[Report on the health of British troops in the Madras command]
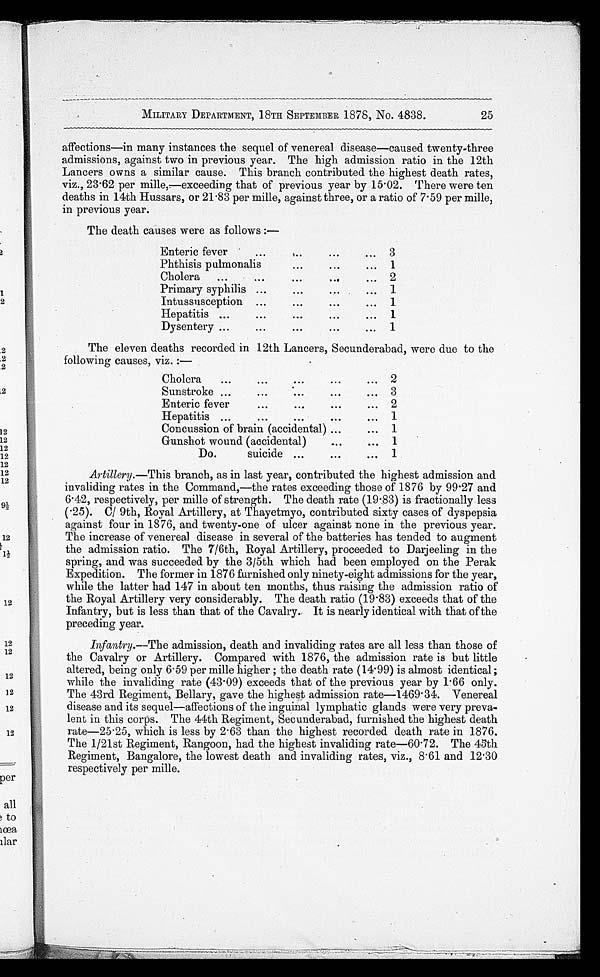
MILITARY DEPARTMENT, 18TH SEPTEMBER 1878, No. 4838.
affections—in many instances the sequel of venereal disease—caused twenty-three
admissions, against two in previous year. The high admission ratio in the 12th
Lancers owns a similar cause. This branch contributed the highest death rates,
viz., 23.62 per mille,—exceeding that of previous year by 15.02. There were ten
deaths in 14th Hussars, or 21.83 per mille, against three, or a ratio of 7.59 per mille,
in previous year.
The death causes were as follows :—
Enteric fever . . .
3
Phthisis pulmonalis . . .
1
Cholera . . .
2
Primary syphilis . . .
1
Intussusception . . .
1
Hepatitis . . .
1
Dysentery . . .
1
The eleven deaths recorded in 12th Lancers, Secunderabad, were due to the
following causes, viz. :—
Cholera . . .
2
Sunstroke . . .
3
Enteric fever . . .
2
Hepatitis . . .
1
Concussion of brain (accidental) . . .
1
Gunshot wound (accidental) . . .
1
Do. suicide . . .
1
Ar t i l l e r y . —T h i s b r a n c h , a s i n l a s t y e a r , c o n t r i b u t e d t h e h i g h e s t a d m i s s i o n a n d
invaliding rates in the Command,—the rates exceeding those of 1876 by 99.27 and
6.42, respectively, per mille of strength. The death rate (19.83) is fractionally less
(.25). C/ 9th, Royal Artillery, at Thayetmyo, contributed sixty cases of dyspepsia
against four in 1876, and twenty-one of ulcer against none in the previous year.
The increase of venereal disease in several of the batteries has tended to augment
the admission ratio. The 7/6th, Royal Artillery, proceeded to Darjeeling in the
spring, and was succeeded by the 3/5th which had been employed on the Perak
Expedition. The former in 1876 furnished only ninety-eight admissions for the year,
while the latter had 147 in about ten months, thus raising the admission ratio of
the Royal Artillery very considerably. The death ratio (19.83) exceeds that of the
Infantry, but is less than that of the Cavalry. It is nearly identical with that of the
preceding year.
Infantry.—The admission, death and invaliding rates are all less than those of
the Cavalry or Artillery. Compared with 1876, the admission rate is but little
altered, being only 6.59 per mille higher ; the death rate (14.99) is almost identical;
while the invaliding rate (43.09) exceeds that of the previous year by 1.66 only.
The 43rd Regiment, Bellary, gave the highest admission rate—1469.34. Venereal
disease and its sequel—affections of the inguinal lymphatic glands were very preva
- l e n t i n t h i s c o r p s . T h e 4 4 t h R e g i m e n t , S e c u n d e r a b a d , f u r n i s h e d t h e h i g h e s t d e a t h
rate—25.25, which is less by 2.63 than the highest recorded death rate in 1876.
The 1/21st Regiment, Rangoon, had the highest invaliding rate—60.72. The 45th
Regiment, Bangalore, the lowest death and invaliding rates, viz., 8.61 and 12.30
respectively per mille.
25